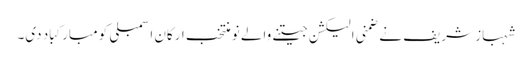
شہباز شریف نے ضمنی الیکشن جیتنے والے نو منتخب ارکان اسمبلی کو مبارکباد دی۔